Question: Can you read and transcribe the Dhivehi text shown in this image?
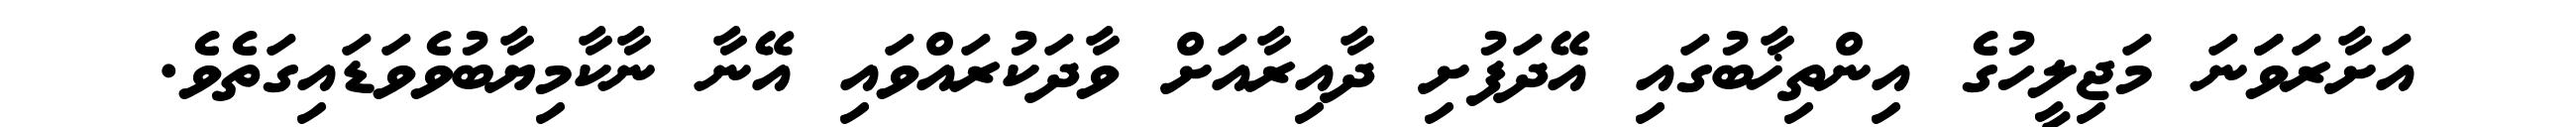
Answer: އަށާރަވަަނަ މަޖިލީހުގެ އިންތިޚާބުގައި އޭދަފުށި ދާއިރާއަށް ވާދަކުރައްވައި އޭނާ ނާކާމިޔާބުވެވަޑައިގަތެވެ.